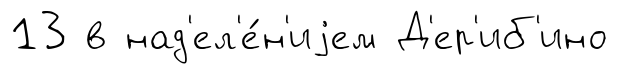
13 в над'ел'е́н'иjем Д'ер'иб'ино